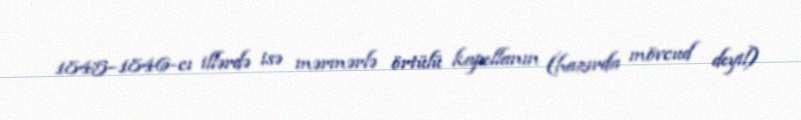
1845–1846-cı illərdə isə mərmərlə örtülü kapellanın (hazırda mövcud deyil)